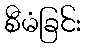
စီမံခြင်း